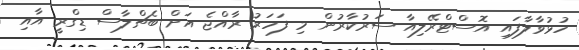
ހުޅުވާލާފައި އޮސްޓްރޭލިއާ ސަރުކާރުން މި ފަހަރު ރާއްޖެ އަށް ބެޗްލާސް ޑިގްރީ އާއި